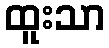
ထူးသာ